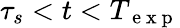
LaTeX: \tau_{s}<t<T_{\mathrm{~e~x~p~}}